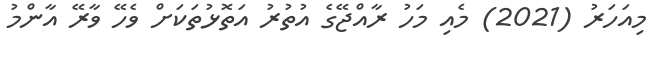
މިއަހަރު (2021) މެއި މަހު ރާއްޖޭގެ އުތުރު އަތޮޅުތަކަށް ވެހޭ ވާރޭ އާންމު